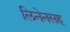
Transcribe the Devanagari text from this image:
लिनेनसह